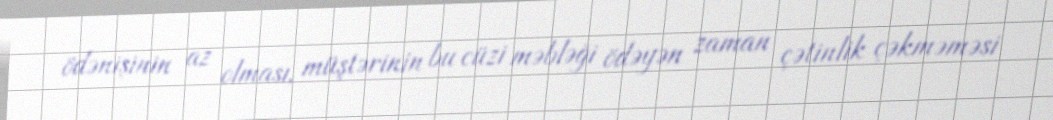
ödənişinin az olması, müştərinin bu cüzi məbləği ödəyən zaman çətinlik çəkməməsi